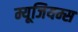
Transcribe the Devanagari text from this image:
म्यूजियम्स